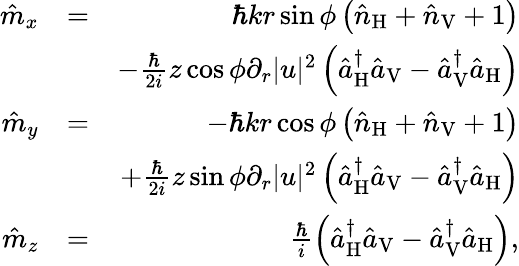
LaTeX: \begin{array}{rlr}{\hat{m}_{x}}&{=}&{\hbar kr\sin\phi\left(\hat{n}_{\mathrm{H}}+\hat{n}_{\mathrm{V}}+1\right)}\\ &{}&{-\frac{\hbar}{2i}z\cos\phi\partial_{r}|u|^{2}\left(\hat{a}_{\mathrm{H}}^{\dagger}\hat{a}_{\mathrm{V}}-\hat{a}_{\mathrm{V}}^{\dagger}\hat{a}_{\mathrm{H}}\right)}\\ {\hat{m}_{y}}&{=}&{-\hbar kr\cos\phi\left(\hat{n}_{\mathrm{H}}+\hat{n}_{\mathrm{V}}+1\right)}\\ &{}&{+\frac{\hbar}{2i}z\sin\phi\partial_{r}|u|^{2}\left(\hat{a}_{\mathrm{H}}^{\dagger}\hat{a}_{\mathrm{V}}-\hat{a}_{\mathrm{V}}^{\dagger}\hat{a}_{\mathrm{H}}\right)}\\ {\hat{m}_{z}}&{=}&{\frac{\hbar}{i}\left(\hat{a}_{\mathrm{H}}^{\dagger}\hat{a}_{\mathrm{V}}-\hat{a}_{\mathrm{V}}^{\dagger}\hat{a}_{\mathrm{H}}\right),}\end{array}